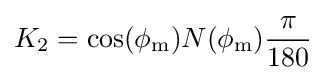
K_{2}=\cos(\phi _{\mathrm {m} })N(\phi _{\mathrm {m} }){\frac {\pi }{180}}\,\!